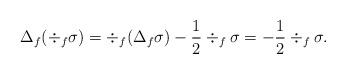
LaTeX: \begin{align*}\Delta_f(\div_f\sigma)=\div_f(\Delta_f\sigma)-\frac{1}{2}\div_f\sigma=-\frac{1}{2}\div_f\sigma.\end{align*}